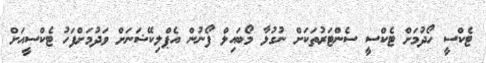
ޓެކްސީ ހޯދުމަށް ޓެކްސީ ސެންޓަރުތަަކަށް ނުގުޅާ މޯބައިލް ފޯނުން އެޕްލިކޭޝަނަށް ވަދުމަށްފަހު ޓެކްސީއަށް